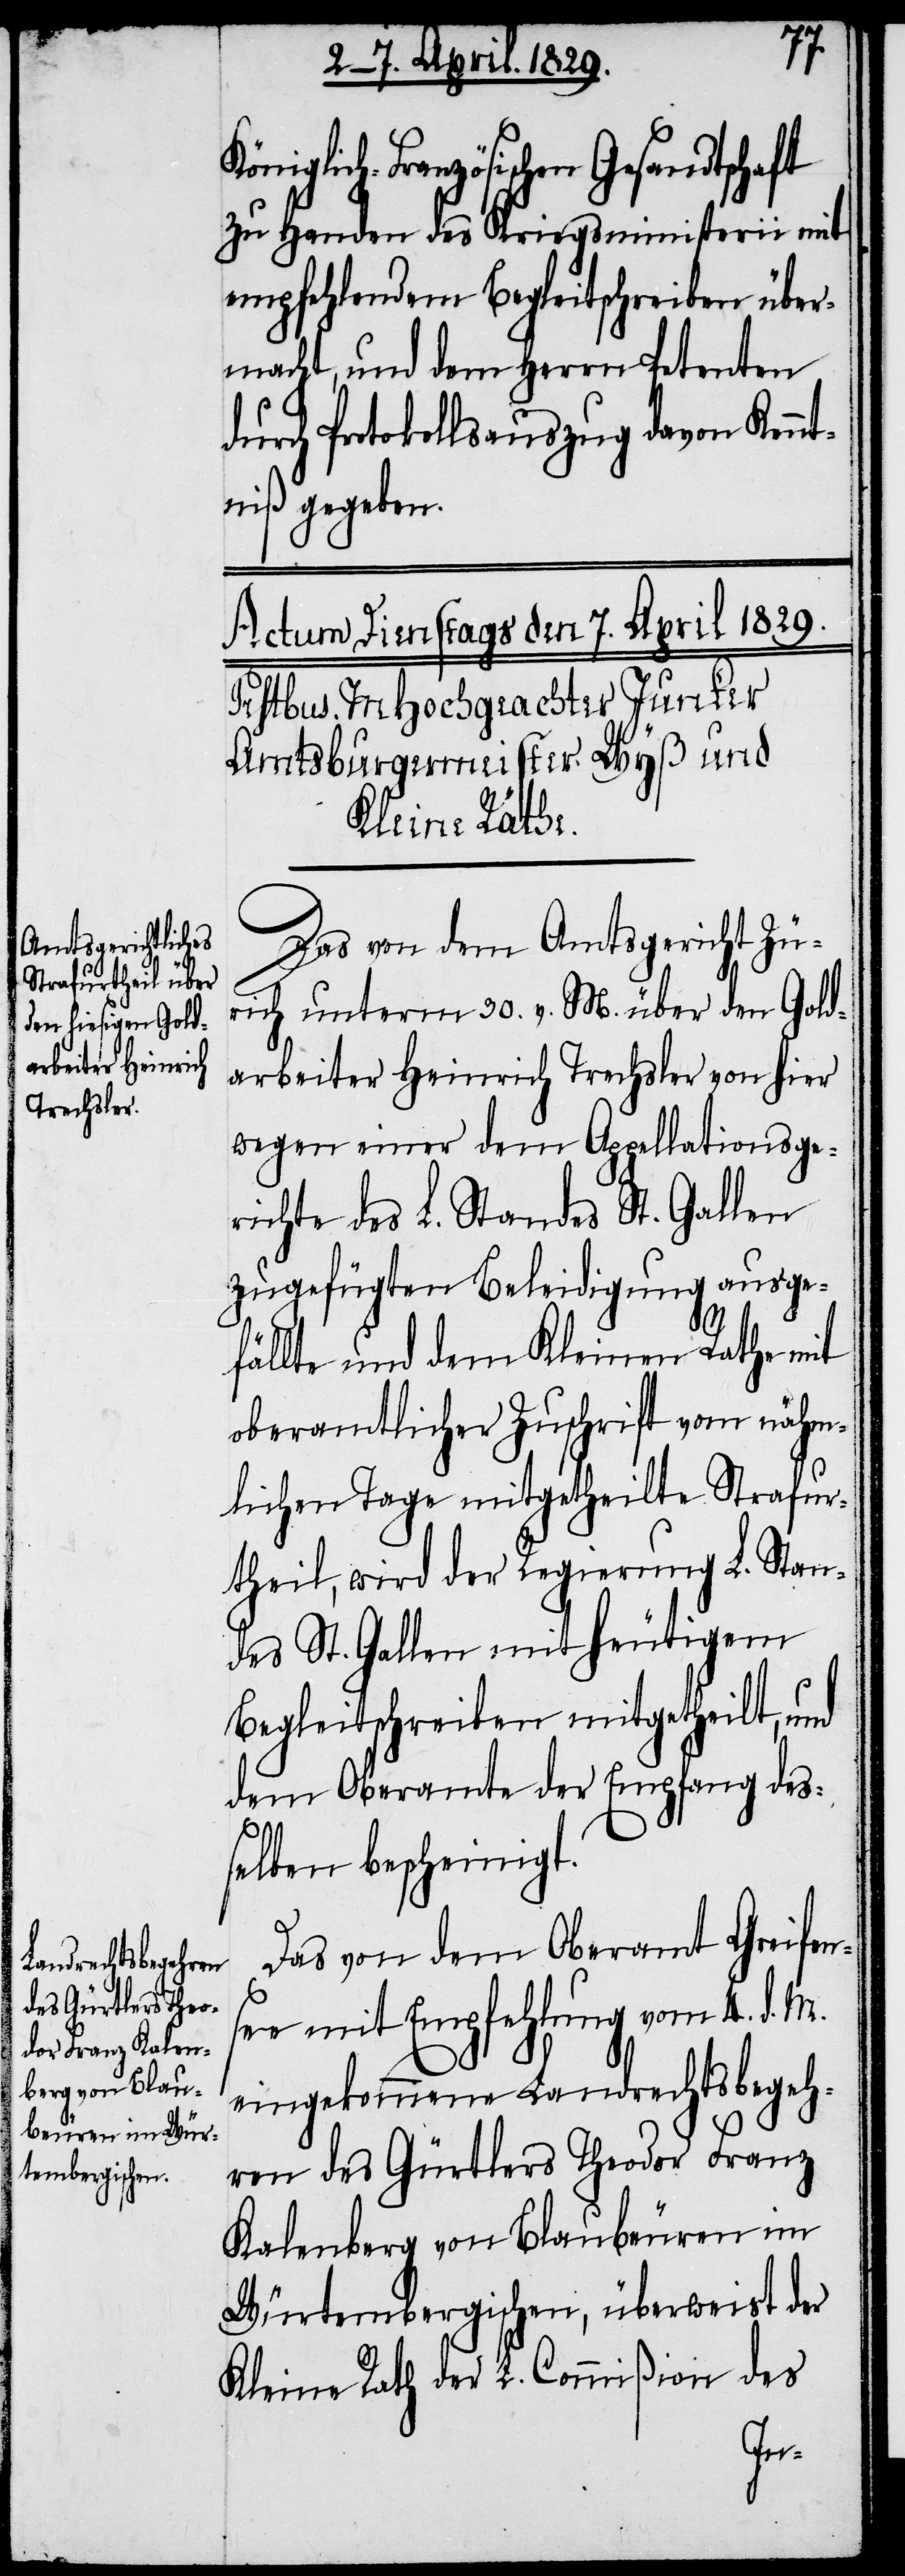
Königlich-Französischen Gesandtschaft
zu Handen des Kriegsministerii mit
empfehlendem Begleitschreiben über¬
macht, und dem Herrn Petenten
durch Protokollsauszug davon Kennt¬
niß gegeben.
Das von dem Amtsgericht Zü¬
rich unterm 30. v. M. über den Gold¬
arbeiter Heinrich Trechsler von hier
wegen einer dem Appellationsge¬
richte des L. Standes St. Gallen
zugefügten Beleidigung ausge¬
fällte und dem Kleinen Rathe mit
oberamtlicher Zuschrift vom nähm¬
lichen Tage mitgetheilte Strafur¬
theil, wird der Regierung L. Stan¬
des St. Gallen mit heutigem
Begleitschreiben mitgetheilt, und
dem Oberamte der Empfang des¬
selben bescheinigt.
Das von dem Oberamt Greifen¬
see mit Empfehlung vom 4. d. M.
eingekommene Landrechtsbegeh¬
ren des Gürtlers Theodor Franz
Kalenberg von Blaubeuren im
Würtembergischen, überweist der
des
Kleine Rath der L. Commißion